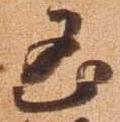
凶